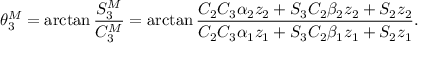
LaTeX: \theta _ { 3 } ^ { M } = \arctan \frac { S _ { 3 } ^ { M } } { C _ { 3 } ^ { M } } = \arctan \frac { C _ { 2 } C _ { 3 } \alpha _ { 2 } z _ { 2 } + S _ { 3 } C _ { 2 } \beta _ { 2 } z _ { 2 } + S _ { 2 } z _ { 2 } } { C _ { 2 } C _ { 3 } \alpha _ { 1 } z _ { 1 } + S _ { 3 } C _ { 2 } \beta _ { 1 } z _ { 1 } + S _ { 2 } z _ { 1 } } .